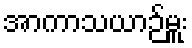
အာကာသယာဉ်မှူး